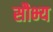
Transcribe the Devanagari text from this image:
सौभ्य